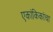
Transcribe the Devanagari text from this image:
एकांकिकांचा